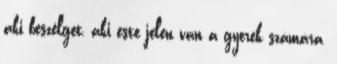
aki beszélget, aki este jelen van a gyerek számára,